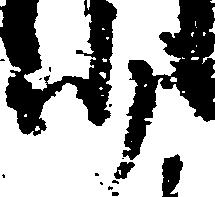
少